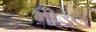
મીડલ